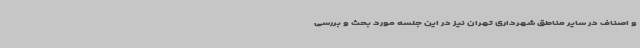
و اصناف در سایر مناطق شهرداری تهران نیز در این جلسه مورد بحث و بررسی